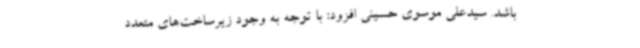
باشد. سیدعلی موسوی حسینی افزود: با توجه به وجود زیرساخت‌های متعدد